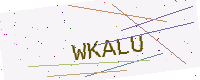
Text: WKALU